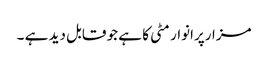
مزارپرانوار مٹی کا ہے جو قابل دید ہے ۔